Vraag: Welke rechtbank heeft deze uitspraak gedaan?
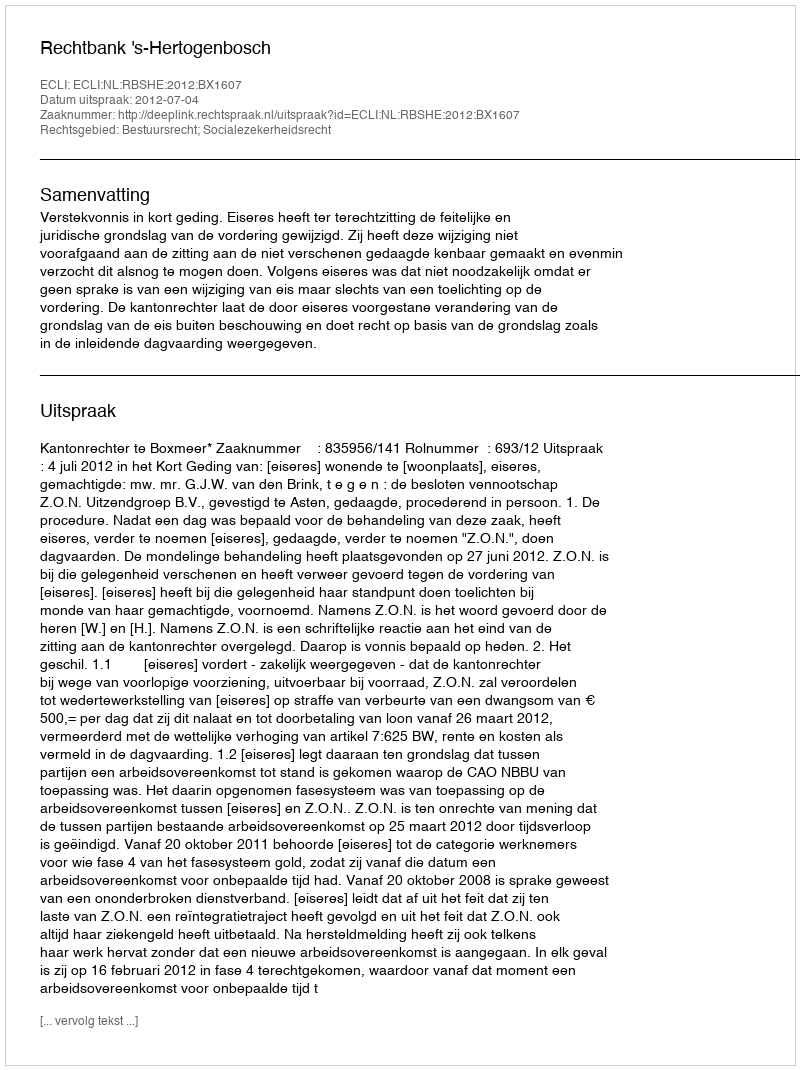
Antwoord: Rechtbank 's-Hertogenbosch